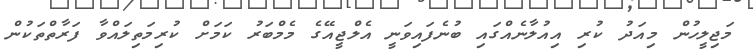
މަޖިލީހުން މިއަދު ކުރި އިއުލާނެއްގައި ބުނެފައިވަނީ އެލްޖީއޭގެ މެމްބަރު ކަމަށް ކުރިމަތިލައްވާ ފަރާތްތަކުން